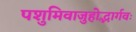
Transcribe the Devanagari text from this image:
पशुमिवाजुहोद्भार्गवः